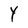
Character: Y